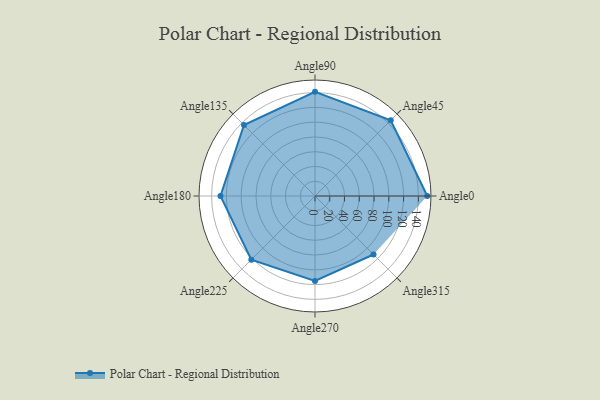
{"axis": {"x": "Angle", "y": "Radius"}, "legend": [""], "data": [{"x": "Angle0", "y": 152.0, "type": ""}, {"x": "Angle45", "y": 145.0, "type": ""}, {"x": "Angle90", "y": 141.0, "type": ""}, {"x": "Angle135", "y": 136.0, "type": ""}, {"x": "Angle180", "y": 128.0, "type": ""}, {"x": "Angle225", "y": 122.0, "type": ""}, {"x": "Angle270", "y": 115.0, "type": ""}, {"x": "Angle315", "y": 112.0, "type": ""}]}